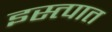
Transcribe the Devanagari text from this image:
इस्त्पात